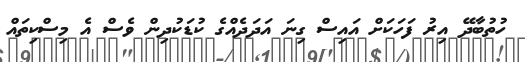
ހުތުބާދޭ އިރު ފަހަކަށް އައިސް ގިނަ އަދަދެއްގެ ކުޑަކުދިން ވެސް އެ މިސްކިތައް